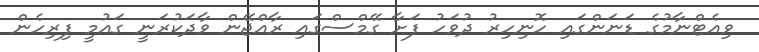
ވިއެޓްނާމުގެ ޑަނަންގައި ހޮނިހިރު ދުވަހު ފަށާ ގޭމްސްގައި ރާއްޖޭން ވާދަކުރަނީ ގައުމީ ފިރިހެން